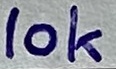
Text: 10k